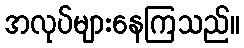
အလုပ်များနေကြသည်။